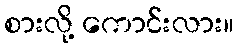
စားလို့ ကောင်းလား။